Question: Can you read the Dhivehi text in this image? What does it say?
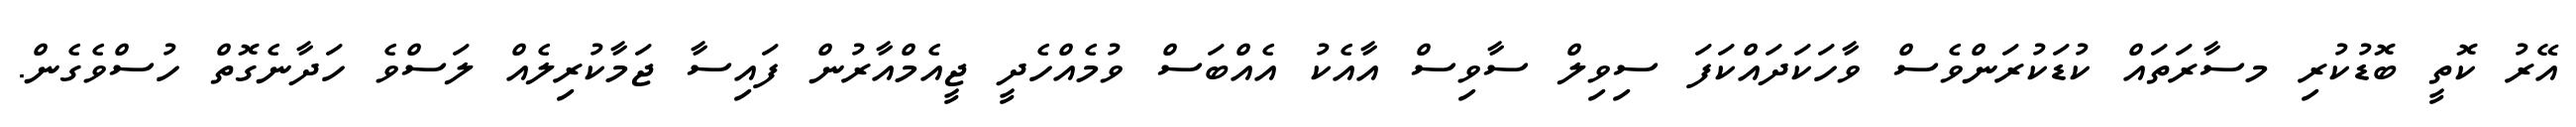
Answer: އޭރު ކޮތީ ބޮޑުކުރި މސާރަތައް ކުޑަކުރަންވެސް ވާހަކަދައްކަފަ ސިވިލް ސާވިސް އާއެކު އެއްބަސް ވުމެއްހެދީ ޖީއެމްއާރުން ފައިސާ ޖަމާކުރިލެއް ލަސްވެ ހަދާނެގޮތް ހުސްވެގެން.